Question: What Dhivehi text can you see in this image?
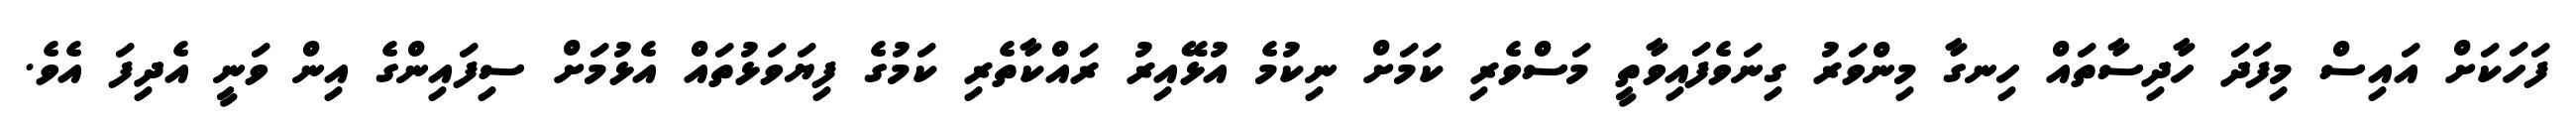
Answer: ފަހަކަށް އައިސް މިފަދަ ހާދިސާތައް ހިނގާ މިންވަރު ގިނަވެފައިވާތީ މަސްވެރި ކަމަށް ނިކުމެ އުޅޭއިރު ރައްކާތެރި ކަމުގެ ފިޔަވަޅުތައް އެޅުމަށް ސިފައިންގެ އިން ވަނީ އެދިފަ އެވެ.